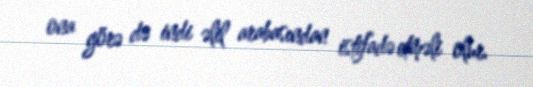
ona görə də indi əlil arabasından istifadə etməli olur.